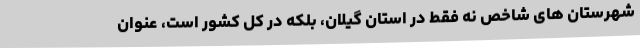
شهرستان های شاخص نه فقط در استان گیلان، بلکه در کل کشور است، عنوان